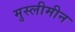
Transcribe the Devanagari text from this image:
मुस्लीमीन